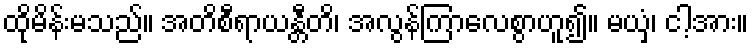
ထိုမိန်းမသည်။ အတိစီရာယန္တီတိ၊ အလွန်ကြာလေစွာဟူ၍။ မယှံ၊ ငါ့အား။